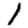
Digit: 1